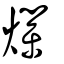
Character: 㸁